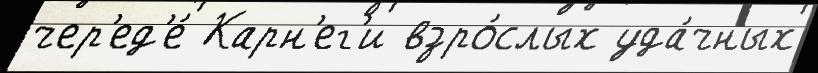
чер'ед'е́ Карн'ег'и взро́слых уда́чных